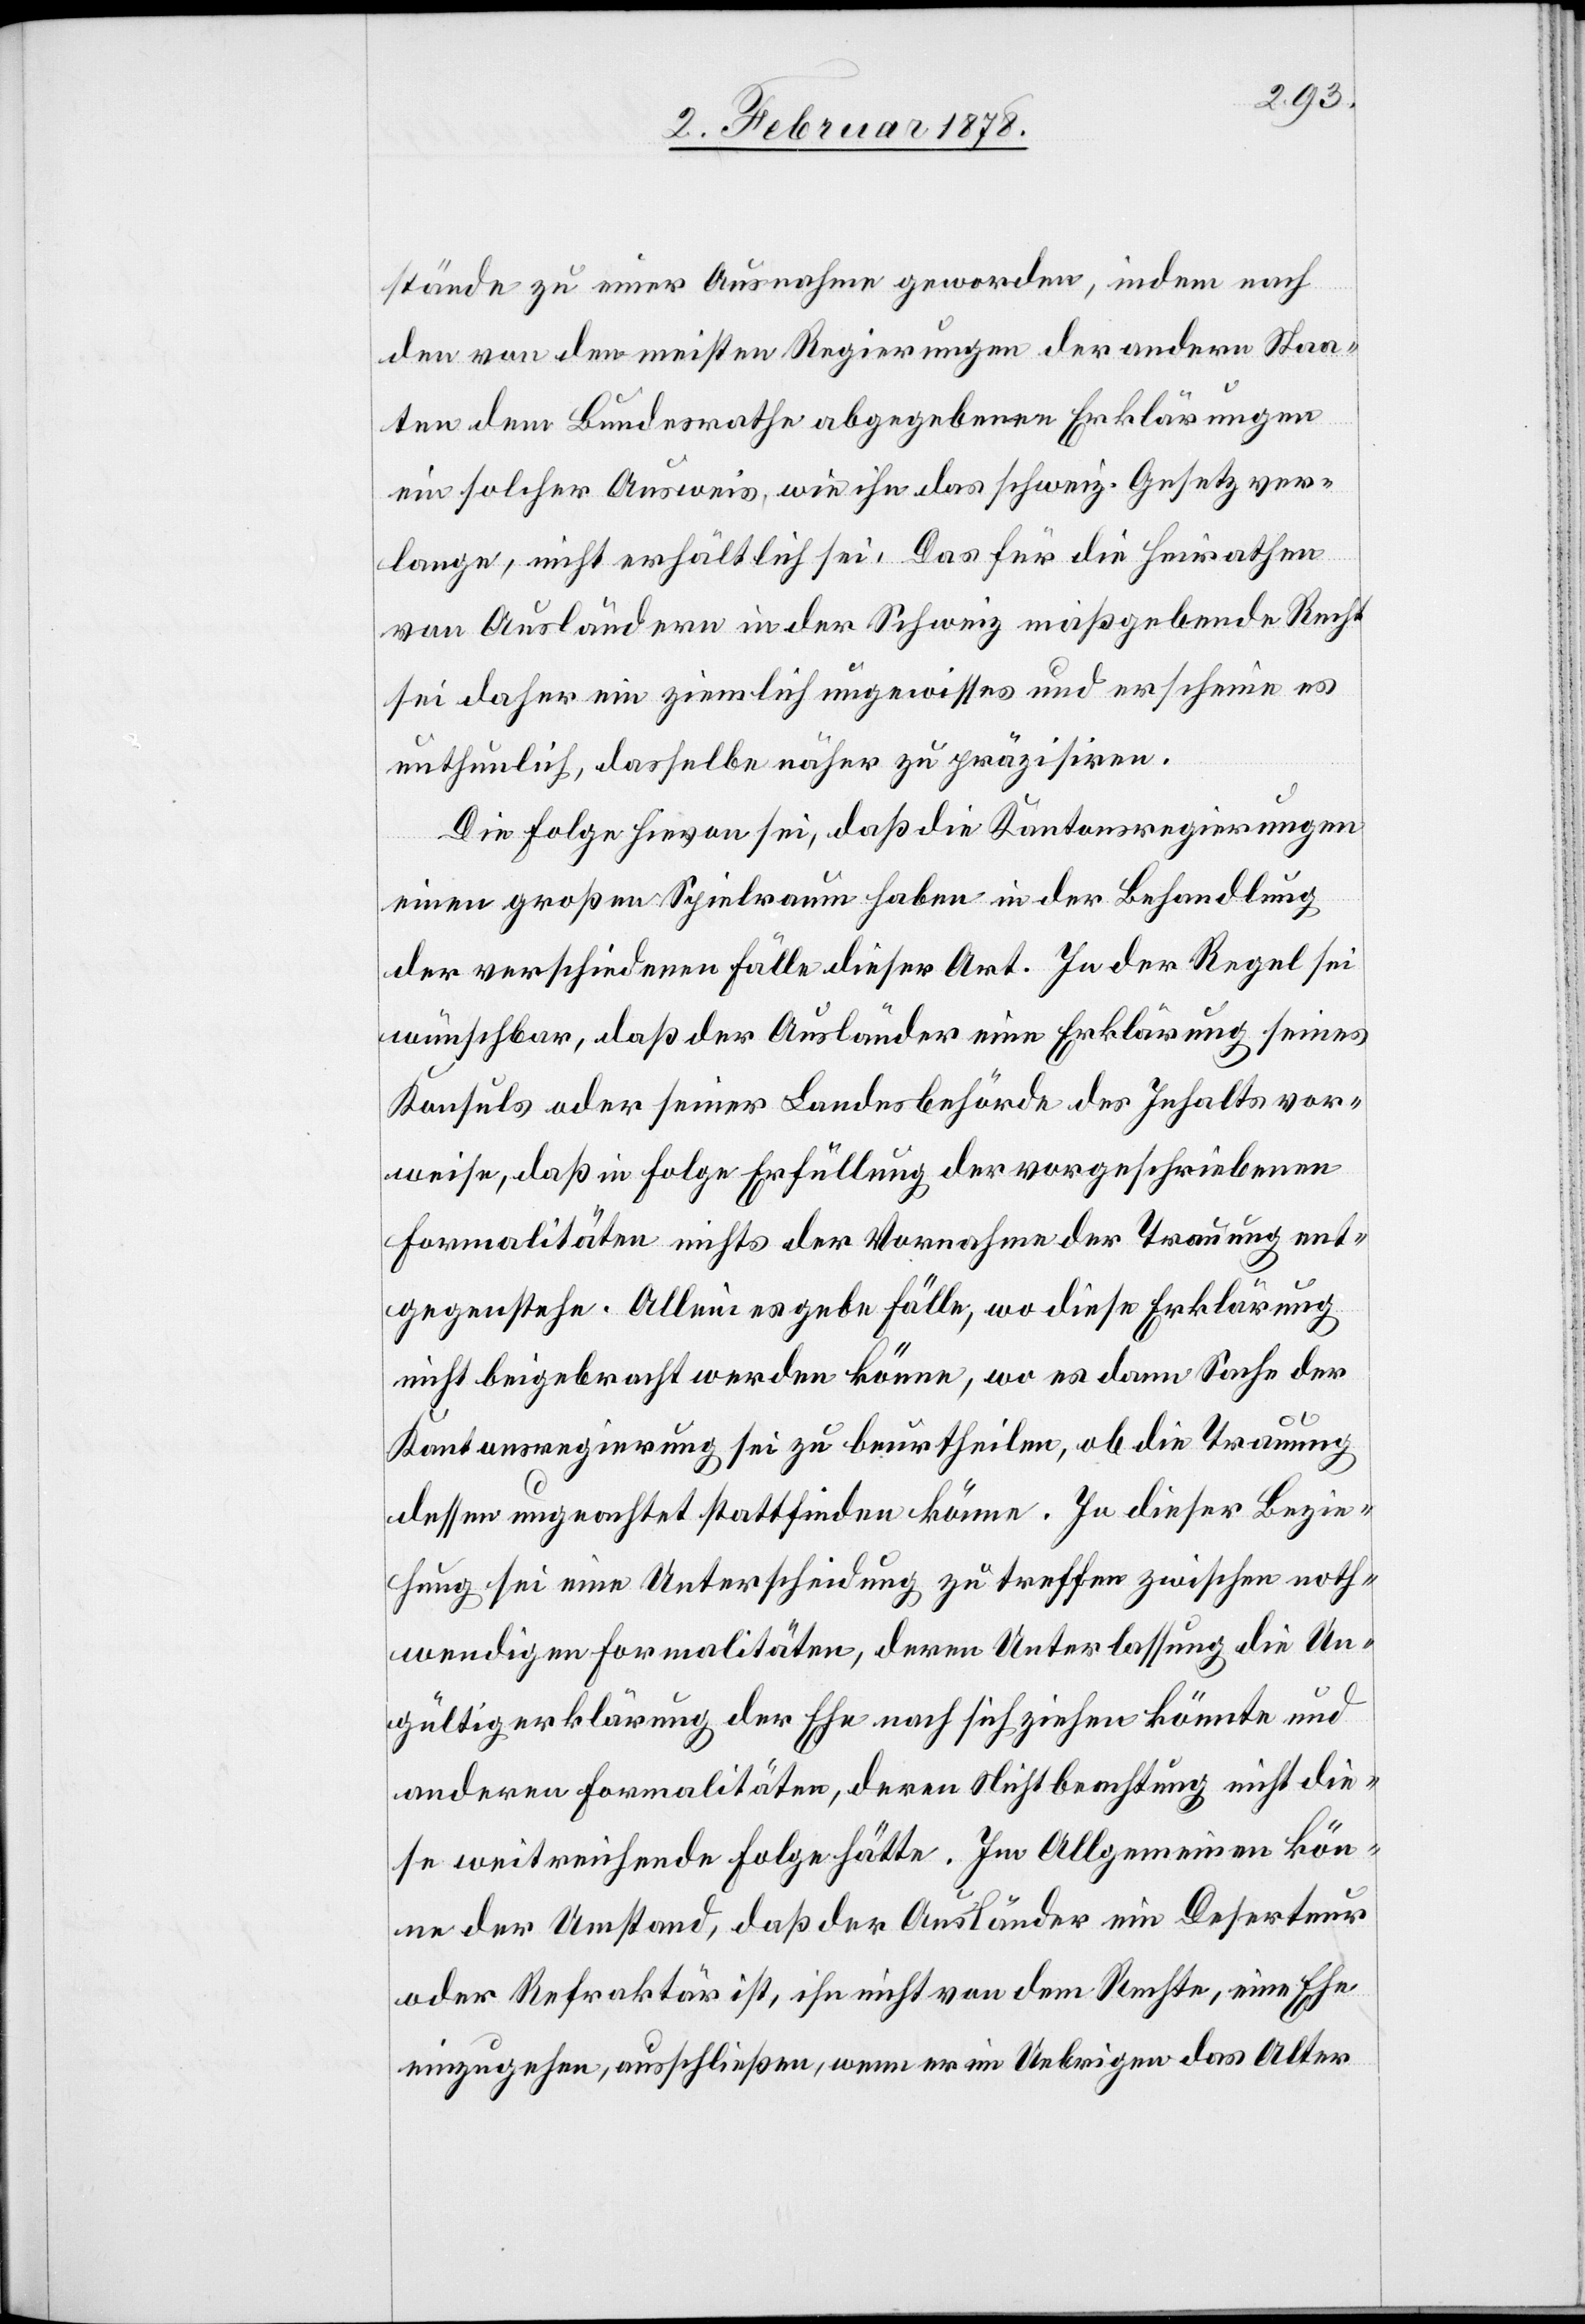
stände zu einer Ausnahme geworden, indem nach
den von den meisten Regierungen der andern Staa¬
ten dem Bundesrathe abgegebenen Erklärungen
ein solcher Ausweis, wie ihn das schweiz. Gesetz ver¬
lange, nicht erhältlich sei. Das für die Heirathen
von Ausländern in der Schweiz maßgebende Recht
sei daher ein ziemlich ungewisses und erscheine es
unthunlich, dasselbe näher zu präzisiren.
Die Folge hievon sei, daß die Kantonsregierungen
einen großen Spielraum haben in der Behandlung
der verschiedenen Fälle dieser Art. In der Regel sei
wünschbar, daß der Ausländer eine Erklärung seines
Konsuls oder seiner Landesbehörde des Inhalts vor¬
weise, daß in Folge Erfüllung der vorgeschriebenen
Formalitäten nichts der Vornahme der Trauung ent¬
gegenstehe. Allein es gebe Fälle, wo diese Erklärung
nicht beigebracht werden könne, wo es dann Sache der
Kantonsregierung sei zu beurtheilen, ob die Trauung
dessen ungeachtet stattfinden könne. In dieser Bezie¬
hung sei eine Unterscheidung zu treffen zwischen noth¬
wendigen Formalitäten, deren Unterlassung die Un¬
gültigerklärung der Ehe nach sich ziehen könnte und
anderen Formalitäten, deren Nichtbeachtung nicht die¬
se weitreichende Folge hätte. Im Allgemeinen kön¬
ne der Umstand, daß der Ausländer ein Deserteur
oder Refraktär ist, ihn nicht von dem Rechte, eine Ehe
einzugehen, ausschließen, wenn er im Uebrigen das Alter